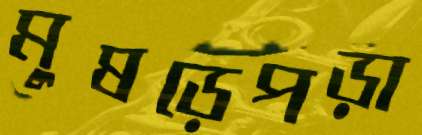
মুষড়েপড়া